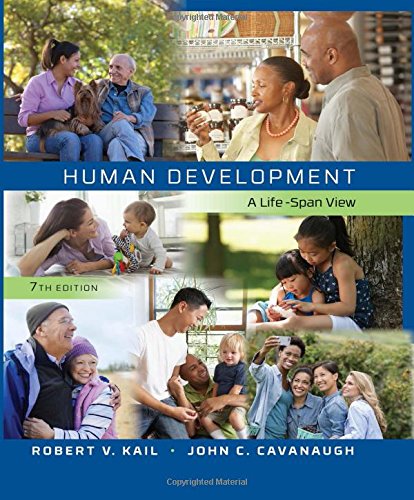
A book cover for Human Development: A Life-Span View; Robert V. Kail; Medical Books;